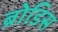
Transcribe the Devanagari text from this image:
ब्रोडिस